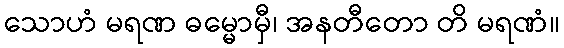
သောဟံ မရဏ ဓမ္မောမှီ၊ အနတီတော တိ မရဏံ။